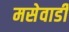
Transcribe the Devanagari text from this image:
मसेवाडी